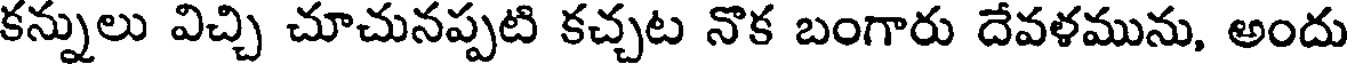
కన్నులు విచ్చి చూచునప్పటి కచ్చట నొక బంగారు దేవళమును, అందు